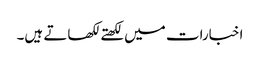
اخبارات میں لکھتے لکھاتے ہیں۔